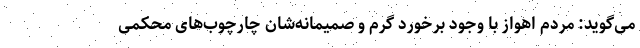
می‌گوید: مردم اهواز با وجود برخورد گرم و صمیمانه‌شان چارچوب‌های محکمی